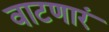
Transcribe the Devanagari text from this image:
वाटणारं